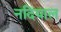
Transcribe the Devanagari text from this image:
नदियाल